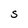
Character: S